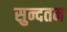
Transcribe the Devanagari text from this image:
सुन्दतम